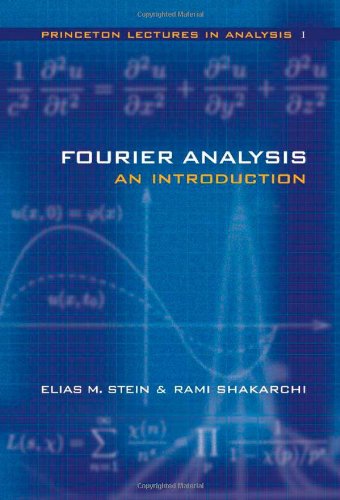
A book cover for Fourier Analysis: An Introduction (Princeton Lectures in Analysis); Elias M. Stein; Science & Math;